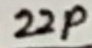
Text: 22p